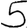
Digit: 5